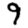
Digit: 9